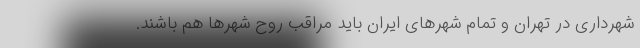
شهرداری در تهران و تمام شهرهای ایران باید مراقب روح شهرها هم باشند.